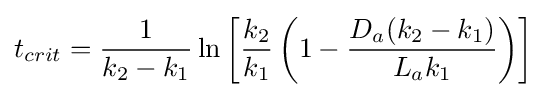
t_{crit}={\frac {1}{k_{2}-k_{1}}}\ln {\left[{\frac {k_{2}}{k_{1}}}\left({1-{\frac {D_{a}(k_{2}-k_{1})}{L_{a}k_{1}}}}\right)\right]}